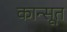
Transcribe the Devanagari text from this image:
कान्सूत